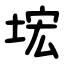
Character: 㙆